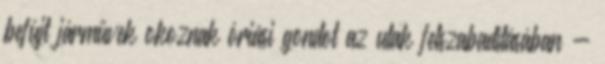
befújt járművek okoznak óriási gondot az utak felszabadításában -